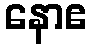
နောဧ